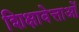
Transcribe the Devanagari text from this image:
शिक्षावेत्ताओं